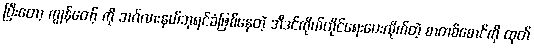
ပြီးတော့ ကျွန်တော့် ကို ဘင်္ဂလားနယ်ဘုရင်ခံဖြစ်နေတဲ့ အီဒင်ကိုယ်တိုင်ရေးပေးလိုက်တဲ့ စာတစ်စောင်ကို ထုတ်